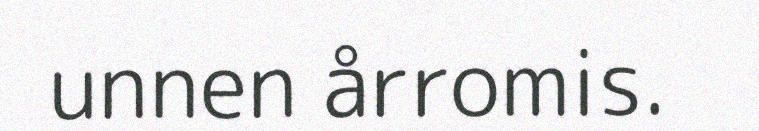
unnen årromis.